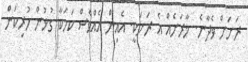
ރަށަށް ވެދާނެ. މާރަށެއް އެ ރަށަކީ. އެއިން އެއްވެސް ކަމަކާ ގުޅުން ހުރިކަން